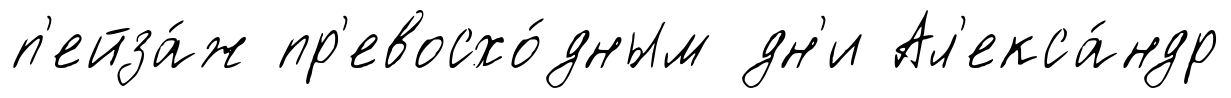
п'ейза́ж пр'евосхо́дным дн'и Ал'екса́ндр